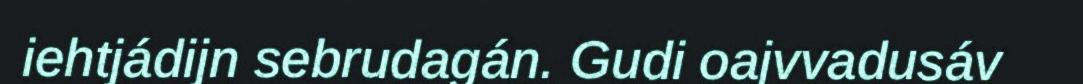
iehtjádijn sebrudagán. Gudi oajvvadusáv